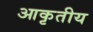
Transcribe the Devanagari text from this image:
आकृतीय